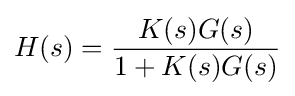
H(s)={\frac {K(s)G(s)}{1+K(s)G(s)}}